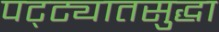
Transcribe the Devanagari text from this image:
पट्ट्यातसुद्धा